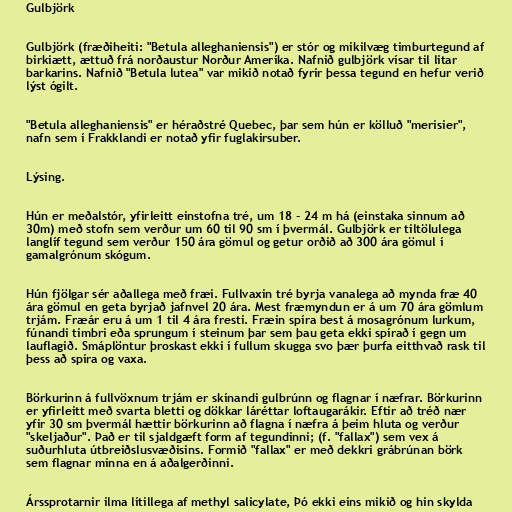
Gulbjörk

Gulbjörk (fræðiheiti: "Betula alleghaniensis") er stór og mikilvæg timburtegund af
birkiætt, ættuð frá norðaustur Norður Ameríka. Nafnið gulbjörk vísar til litar
barkarins. Nafnið "Betula lutea" var mikið notað fyrir þessa tegund en hefur verið
lýst ógilt.

"Betula alleghaniensis" er héraðstré Quebec, þar sem hún er kölluð "merisier",
nafn sem í Frakklandi er notað yfir fuglakirsuber.

Lýsing.

Hún er meðalstór, yfirleitt einstofna tré, um 18 - 24 m há (einstaka sinnum að
30m) með stofn sem verður um 60 til 90 sm í þvermál. Gulbjörk er tiltölulega
langlíf tegund sem verður 150 ára gömul og getur orðið að 300 ára gömul í
gamalgrónum skógum.

Hún fjölgar sér aðallega með fræi. Fullvaxin tré byrja vanalega að mynda fræ 40
ára gömul en geta byrjað jafnvel 20 ára. Mest fræmyndun er á um 70 ára gömlum
trjám. Fræár eru á um 1 til 4 ára fresti. Fræin spíra best á mosagrónum lurkum,
fúnandi timbri eða sprungum í steinum þar sem þau geta ekki spírað í gegn um
lauflagið. Smáplöntur þroskast ekki í fullum skugga svo þær þurfa eitthvað rask til
þess að spíra og vaxa.

Börkurinn á fullvöxnum trjám er skínandi gulbrúnn og flagnar í næfrar. Börkurinn
er yfirleitt með svarta bletti og dökkar láréttar loftaugarákir. Eftir að tréð nær
yfir 30 sm þvermál hættir börkurinn að flagna í næfra á þeim hluta og verður
"skeljaður". Það er til sjaldgæft form af tegundinni; (f. "fallax") sem vex á
suðurhluta útbreiðslusvæðisins. Formið "fallax" er með dekkri grábrúnan börk
sem flagnar minna en á aðalgerðinni.

Árssprotarnir ilma lítillega af methyl salicylate, Þó ekki eins mikið og hin skylda